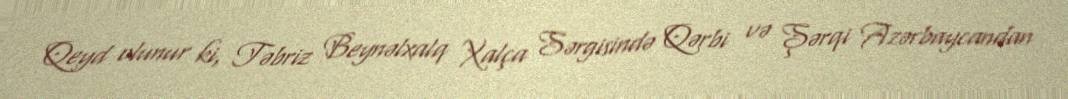
Qeyd olunur ki, Təbriz Beynəlxalq Xalça Sərgisində Qərbi və Şərqi Azərbaycandan